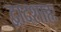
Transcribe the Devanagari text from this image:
द्वादशाहः